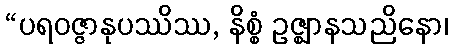
“ပရဝဇ္ဇာနုပဿိဿ, နိစ္စံ ဥဇ္ဈာနသညိနော၊